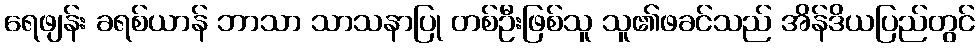
ရေဖျန်း ခရစ်ယာန် ဘာသာ သာသနာပြု တစ်ဦးဖြစ်သူ သူ၏ဖခင်သည် အိန်ဒိယပြည်တွင်